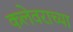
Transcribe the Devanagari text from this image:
कलेवराच्या